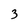
Character: 3